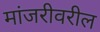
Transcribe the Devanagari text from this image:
मांजरीवरील